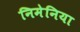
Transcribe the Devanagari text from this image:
निमेनिया